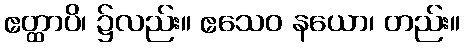
ဧတ္ထာပိ၊ ၌လည်း။ ဧသေဝ နယော၊ တည်း။